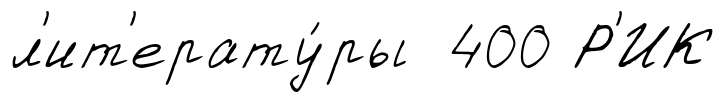
л'ит'ерату́ры 400 Р'ИК